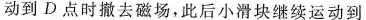
动到D点时撤去磁场，此后小滑块继续运动到